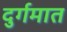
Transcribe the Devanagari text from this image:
दुर्गमात